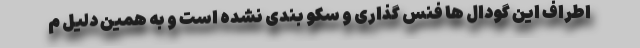
اطراف این گودال ها فنس گذاری و سکو بندی نشده است و به همین دلیل م